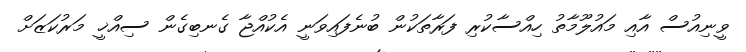
ވީނިއުސް އާއި މައުލޫމާތު ހިއްސާކުރި ފަރާތަކުން ބުނެފައިވަނީ އެކުއްޖާ ގެނބިގެން ސިއްޚީ މަރުކަޒަށް